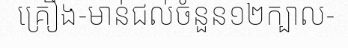
គ្រឿង-មាន់ជល់ចំនួន១២ក្បាល-